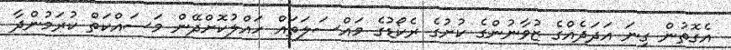
އެގޮތުން ގިނަ އަދަދެއްގެ ޒުވާނުންގެ ކުށުގެ ރެކޯޑުގެ މައްސަލަތައް ހައްލުކޮށްދޭން މަސައްކަތް ކުރަމުންދާ